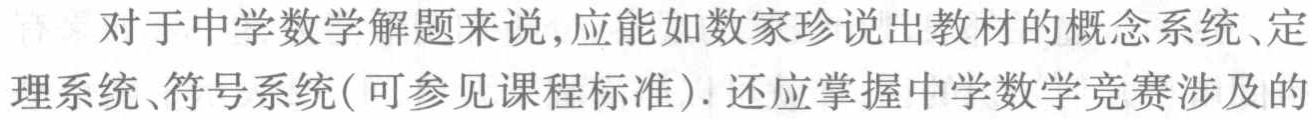
对于中学数学解题来说,应能如数家珍说出教材的概念系统、定
理系统、符号系统(可参见课程标准). 还应掌握中学数学竞赛涉及的